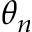
\theta _ { n }